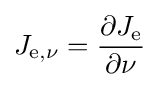
J_{\mathrm {e} ,\nu }={\frac {\partial J_{\mathrm {e} }}{\partial \nu }}